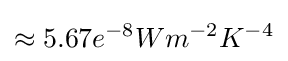
\approx 5.67e^{-8}Wm^{-2}K^{-4}